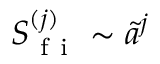
S _ { \mathrm { ~ f ~ i ~ } } ^ { ( j ) } \sim \tilde { a } ^ { j }